Leaving Certificate Examination, 1921
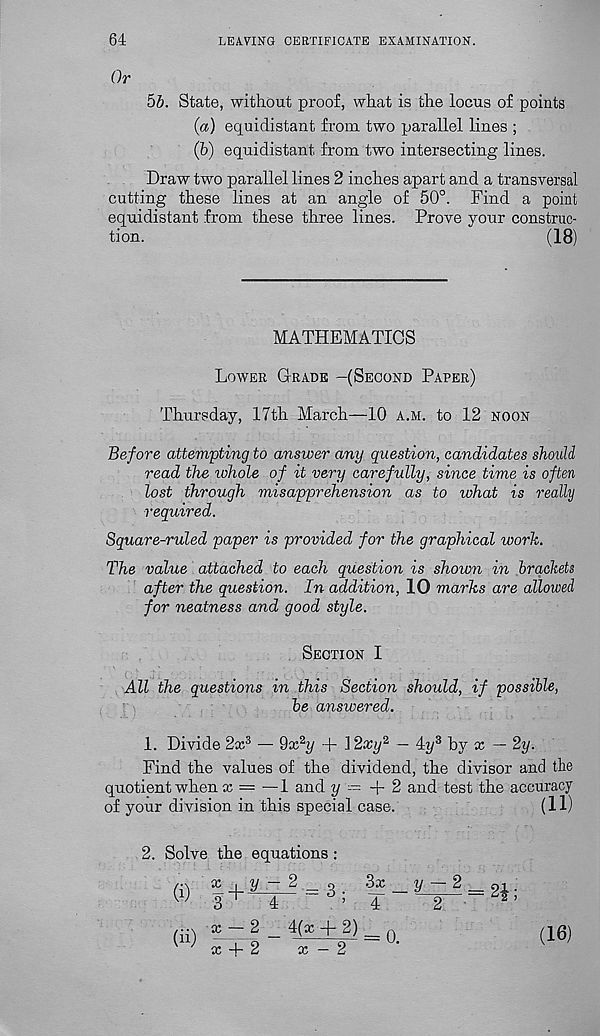
64
LEAVING CERTIFICATE EXAMINATION.
Or
55. State, without proof, what is the locus of points
{a) equidistant from two parallel lines ;
(6) equidistant from two intersecting lines.
Draw two parallel lines 2 inches apart and a transversal
cutting these lines at an angle of 50°. Find a point
equidistant from these three lines. Prove your construc-
tion.
(18)
MATHEMATICS
Lower Grade -(Second Paper)
Thursday, 17th March—10 a.m. to 12 noon
Before attempting to answer any question, candidates should
read the ichole of it very carefully, since time is often
lost through misapprehension as to idhat is really
required.
Square-ruled paper is provided for the graphical work.
The value attached to each question is shown in brackets
after the question. In addition, 10 marks are allowed
for neatness and good style.
Section I
All the questions in this Section should, if possible,
be answered.
1. Divide 2x 3 — 9x 2 y + 12xy 2 — 4j/ 3 by x — 2y.
Find the values of the dividend, the divisor and the
quotient when x = — 1 and y -- + 2 and test the accuracy
of your division in this special case.
(11)
2. Solve the equations :
(i)
(ii)
as i V ~ 2 ^ <1
3x
y — 2 __ 01 .
3 '
4
’4
2 ■
* ’
x — 2 _ 4(x +2)
x + 2
x — 2
(16)